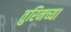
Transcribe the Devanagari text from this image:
तुरिनच्या